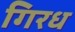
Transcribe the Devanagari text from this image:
गिरध